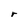
Character: r